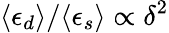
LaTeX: \langle\epsilon_{d}\rangle/\langle\epsilon_{s}\rangle\propto\delta^{2}